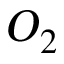
O _ { 2 }